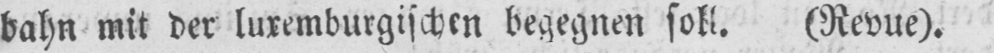
bahn mit der luxemburgischen begegnen soll. (Revue).